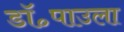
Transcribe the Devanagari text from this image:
डॉ॰पाउला